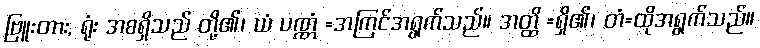
ဗြူးတား, ရုံး အစရှိသည် တို့၏၊ ယံ ပဏ္ဏံ =အကြင်အရွက်သည်။ အတ္ထိ =ရှိ၏၊ တံ=ထိုအရွက်သည်။